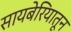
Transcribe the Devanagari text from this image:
सायबेरियातून